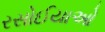
રસોઈયાઓ